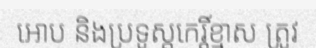
អោប និងប្រទូស្តកេរ្តិ៍ខ្មាស ត្រូវ